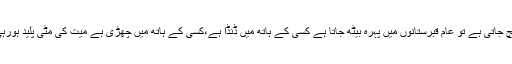
شہر میں اگر کسی میت کی خبر پہنچ جاتی ہے تو عام قبرستانوں میں پہرہ بیٹھ جاتا ہے کسی کے ہاتھ میں ڈنڈا ہے،کسی کے ہاتھ میں چھڑی ہے میت کی مٹی پلید ہورہی ہے کہ کھوجتے تابوت نہیں ملتی۔